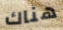
هناك